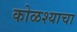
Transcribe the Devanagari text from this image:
कोळश्याचा